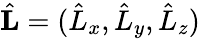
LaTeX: \hat{\mathbf L}=(\hat{L}_{x},\hat{L}_{y},\hat{L}_{z})